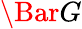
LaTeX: \Bar{G}